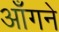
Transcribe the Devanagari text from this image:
आँगने